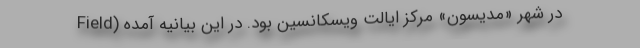
Field) در شهر «مدیسون» مرکز ایالت ویسکانسین بود. در این بیانیه آمده